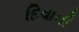
દિવાની